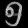
Digit: ၅